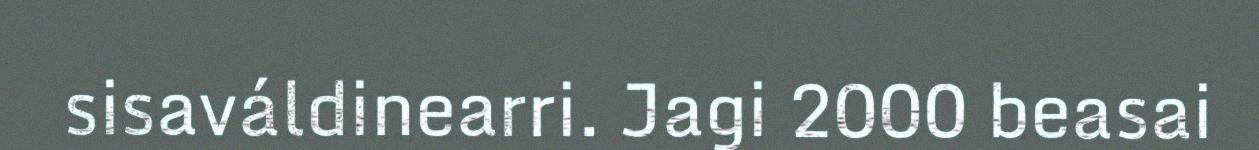
sisaváldinearri. Jagi 2000 beasai